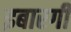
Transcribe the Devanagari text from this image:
इबारगी